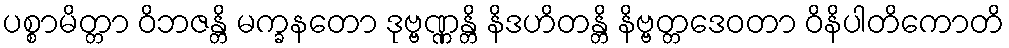
ပစ္စာမိတ္တာ ဝိဘဇန္တိ မက္ခနတော ဒုဗ္ဗဏ္ဏန္တိ နိဒဟိတန္တိ နိဗ္ဗတ္တဒေဝတာ ဝိနိပါတိကောတိ